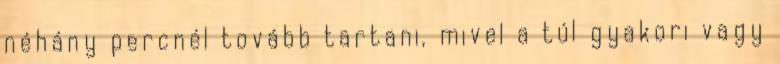
néhány percnél tovább tartani, mivel a túl gyakori vagy